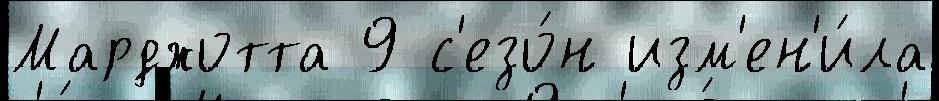
Марджотта 9 с'езо́н изм'ен'и́ла